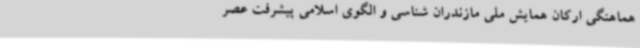
هماهنگی ارکان همایش ملی مازندران شناسی و الگوی اسلامی پیشرفت عصر